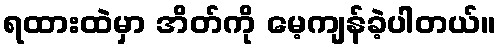
ရထားထဲမှာ အိတ်ကို မေ့ကျန်ခဲ့ပါတယ်။